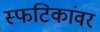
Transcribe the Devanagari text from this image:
स्फटिकांवर